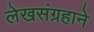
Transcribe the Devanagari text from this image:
लेखसंग्रहाने